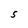
Character: 5